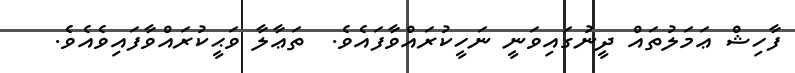
ފާހިޝް ޢަމަލުތައް ދީނުގައިވަނީ ނަހީކުރައްވާފައެވެ.  ތަޢާލާ ވަޙީކުރައްވާފައިވެއެވެ.